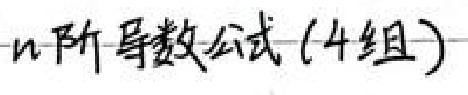
n 阶导数公式（4 组）